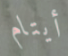
أيتام